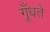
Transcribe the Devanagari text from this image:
गूँधते